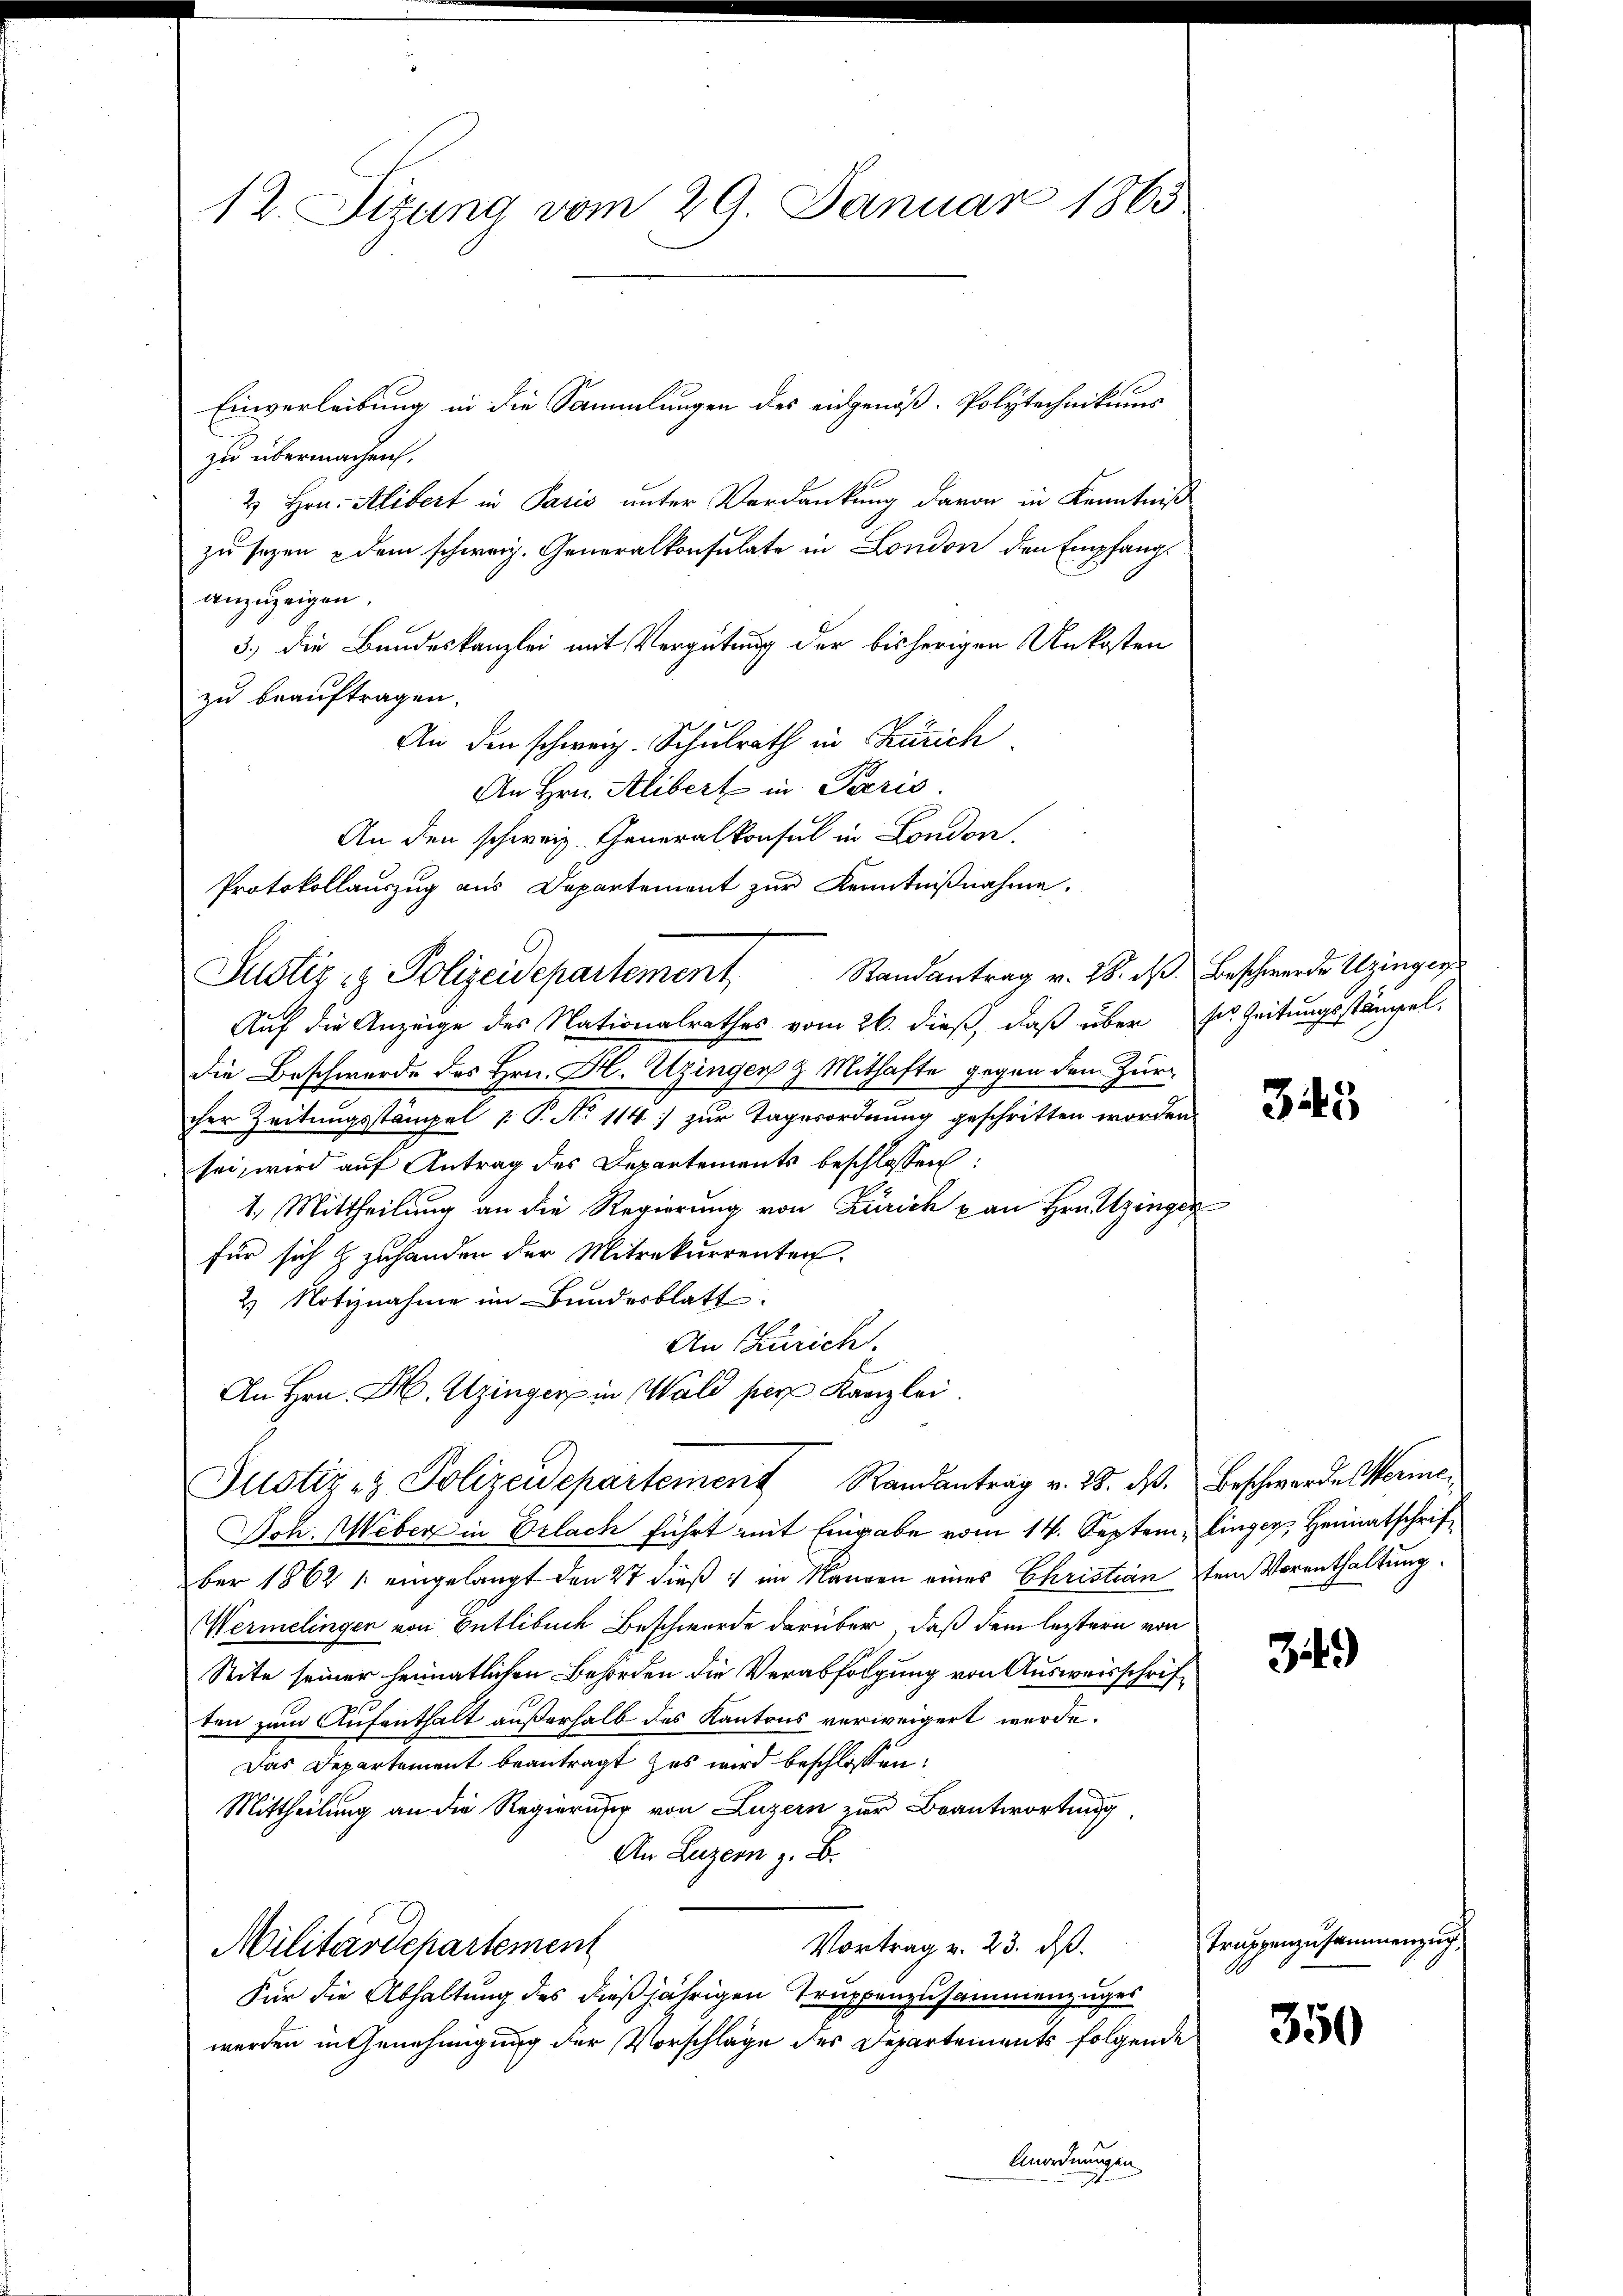
Einverleibung in die Sammlungen des eidgenöß- Polytechnikums
zu übermachen.
2 Hrn. Alibert in Paris unter Verdankung davon in Kenntniß
zu seyen u dem schweiz. Generalkonsulate in London den Empfang
anzuzeigen.
3.) Die Bundeskanzlei mit Vergütung der bisherigen Unkosten
zu beauftragen.
An den schweiz. Schulrath in Zürich
An Hrn. Klibert in Paris.
An den schweiz. Generalkonsul in London.
Protokollauszug aus Departement zur Kenntniβnahme.
Auf die Anzeige des Nationalrathes vom 26. dieß, daß über sr. Zeitungsstämpel-
die Beschwerde des Hrn. Hl. Utzingen & Mithafte gegen den Zur
cher Zeitungsstämpel : P. No 114 zur Tagesordnung geschritten worden.
sei, wird auf Antrag des Departements beschlossen:
1. Mittheilung an die Regierung von Zürich an Hrn. Itzinger
für sich & zuhanden der Mitrekurrenten.
2) Notiznahme im Bundesblatt
An Zürich
An Hrn. M. Uzinger in Wald per Kanzlei.
Justiz- & Polizeidepartement Randantrag v. 28. ds. Beschwerden Werme¬
Joh. Weber in Erlach führt mit Eingabe vom 14. September 1862 1 eingelangt den 27 dieß: im Rangen eines Christian dem Vorenthaltung
Wermelingen von Entlebuch Beschwerde darüber, daß dem letztern von
Seite seiner heimatlichen Behörden die Verabfolgung von Ausweisschriften zum Aufenthalt außerhalb des Kantons verweigert werde.
Das Departement beantragt zu wird beschlossen:
Mittheilung an die Regierung von Luzern zur Beantwortung
An Luzern z. B.
Vortrag v. 23. dß.
Militärdepartement
Für die Abhaltung des dießjährigen Truppenzusammenzuges
werden in Genehmigung der Vorschläge der Departements folgende
Unordnungen

12. Sizung vom 29. Januar 1865

Justiz & Polizeidepartement Randantrag v. 28. das Beschwerden Utzingen

345

linger, Heimatschrif¬

34)

Truppenzusammenzug

350